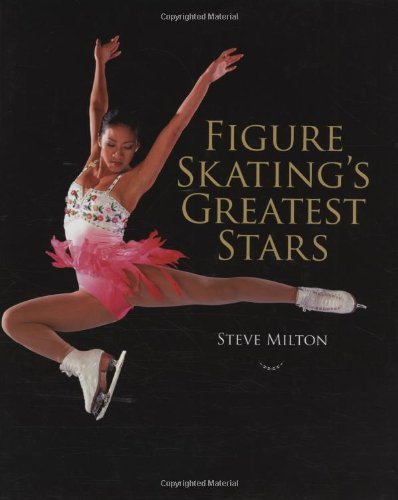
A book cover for Figure Skating's Greatest Stars; Steve Milton; Sports & Outdoors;